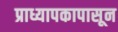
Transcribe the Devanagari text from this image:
प्राध्यापकापासून